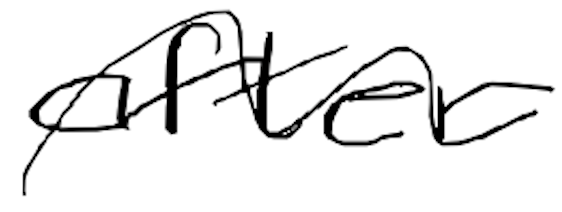
Text: after
Cross-out: wave
Writing tool: digital_black